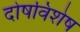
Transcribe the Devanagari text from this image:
दोषविशेष